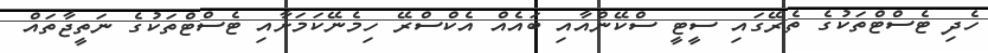
ހެދި ޓެސްޓްތަކުގެ ތެރޭގައި ސީޓީ ސްކޭންއާއި ބައެއް އެކްސްރޭ ހިމެނޭކަމަށާއި ޓެސްޓްތަކުގެ ނަތީޖާތައް